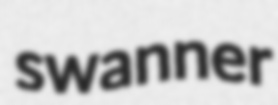
swanner